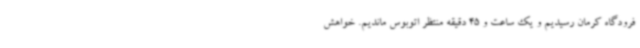
فرودگاه کرمان رسیدیم و یک ساعت و 45 دقیقه منتظر اتوبوس ماندیم. خواهش